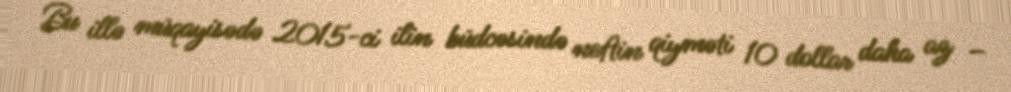
Bu illə müqayisədə 2015-ci ilin büdcəsində neftin qiyməti 10 dollar daha az –